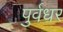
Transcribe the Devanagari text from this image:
पुर्वधर